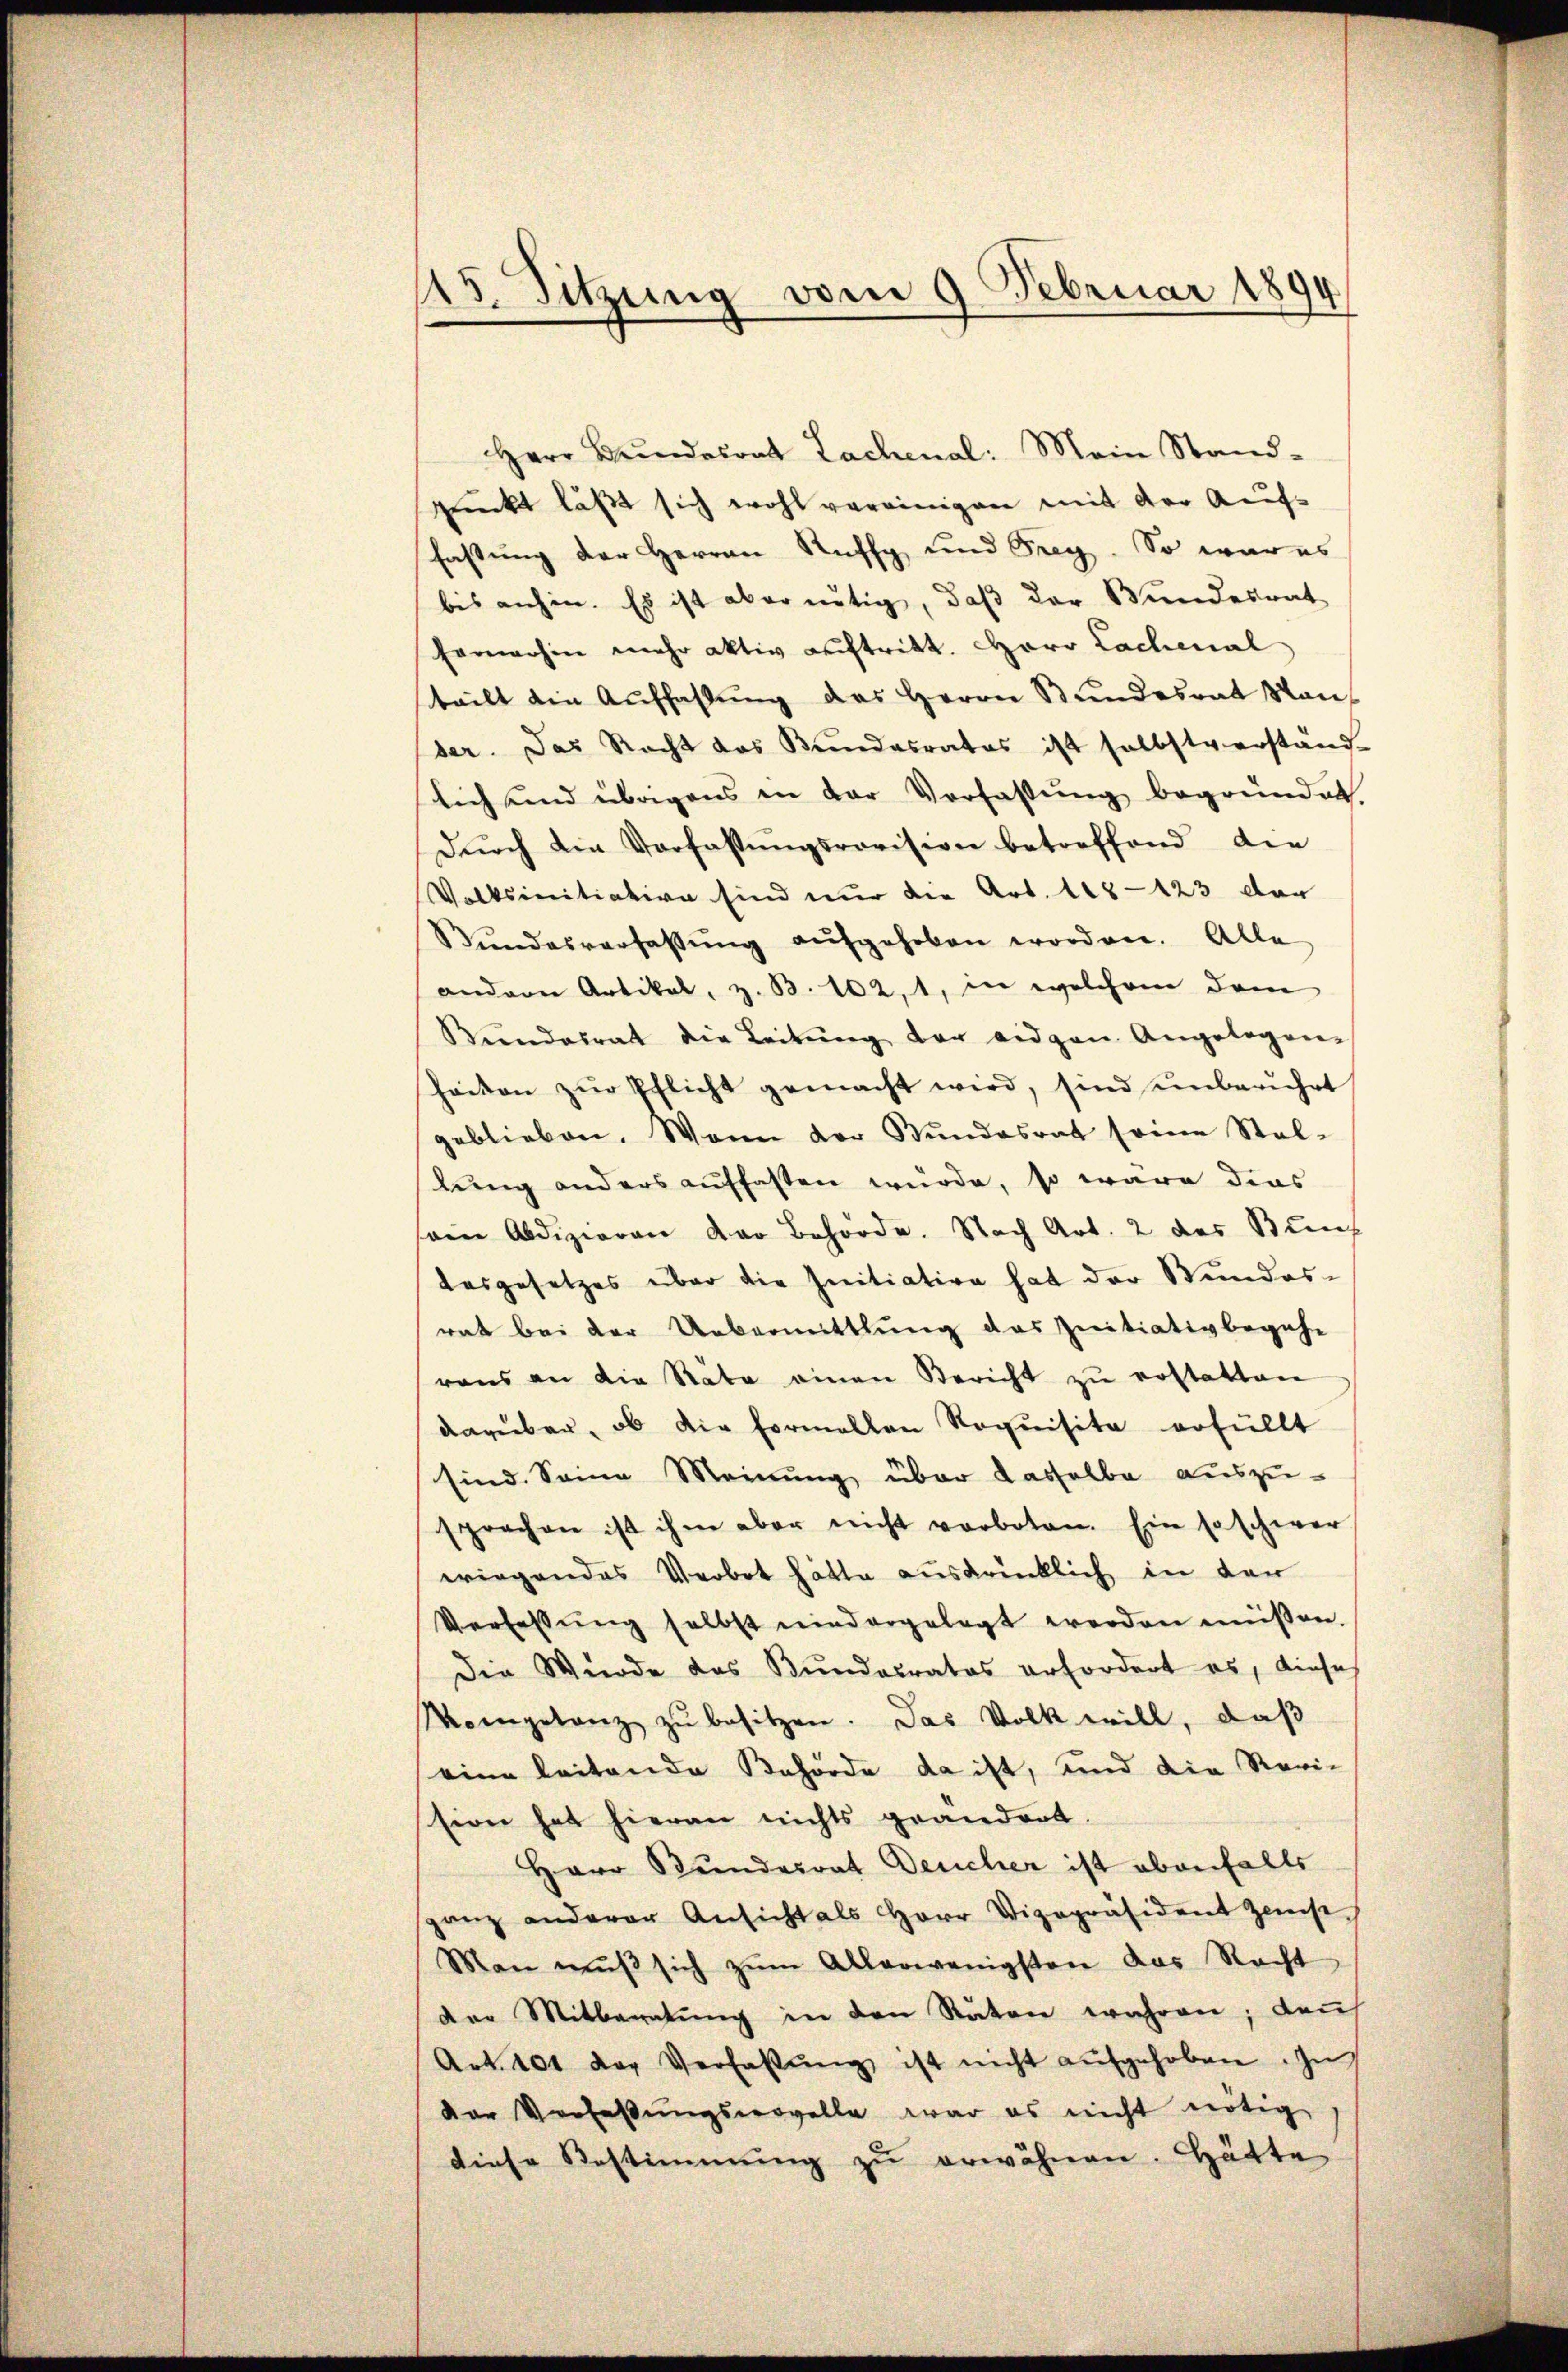
45. Sitzung vom 9. Februar 1894

Herr Bŭndesrat Lachenal: Mein Stand-
prückt läßt sich wohl vereinigen mit der Kaufs
fassung der Herren Ruffy und Frey. So war es
bis anhin. Es ist aber nötig, daβ der Bundesrat
farnerhin mehr aktiv auftritt. Herr Lachenal
teilt die Auffassŭng des Herrn Bundesrat Man
der. Das Recht das Bŭndesrates ist selbstverständ-
lich und übrigens in der Verfassŭng begründet.
Dŭrch die Verfassŭngsrevision betreffend die
Volksinitiative sind nur die Art. 108-123 der
Bŭndesverfassŭng aŭfgehoben worden. Alle
andern Artikel, z. B. 102, 1, in welchen dem
Bŭndesrat die Leitŭng der eidgen. Angelegen-
Zaiton zŭr Pflicht gemacht wird, sind ŭnberührt
geblieben. Wenn der Stŭndesrat seine Stel-
lung anders auffassen würde, so wäre dies
sem Abdizieren der Behörde. Nach Art. 2 des Bunf
desgesetzes über die Initiation hat der Stundes-
rat bei der Uebermittlung des Initiativbegehe
rens an die Räte einen Bericht zŭ erstatten
darüber, ob die formellen Requisite erfüllt
sind. Seine Meinung über dasselbe auszusprachen ist ihm aber nicht verboten. Ein so schwer
wiegendes Verbot hätte ausdrücklich in der
Verfassŭng selbst niedergelegt werden müßen.
Die Wurde das Bundesrates erfordert es, diese
Moingetanz zŭ besitzen. Das Volk will, daß
eine leitende Behörde da ist, und die Revision hat hieran nichts grandert.
Herr Bundesrat Deucher ist abanfalls
ganz anderer Ansicht als Herr Vizepräsident Zinse
Man mŭβ sich zŭm Allerwenigsten das Recht
der Mitberatŭng in den Räten wahren; Kauf
Art. 101 der Verfassŭng ist nicht aufgehoben. Zu
der Verfaßungswovelle war es nicht nötige
diese Bestimmung zŭ erwähnen. Hätte